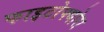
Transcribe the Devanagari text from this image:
फाइटोफ्थोरा